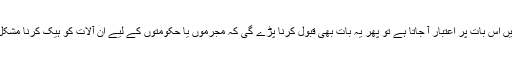
اگر ہمیں اس بات پر اعتبار آ جاتا ہے تو پھر یہ بات بھی قبول کرنا پڑے گی کہ مجرموں یا حکومتوں کے لیے ان آلات کو ہیک کرنا مشکل ہوگا۔